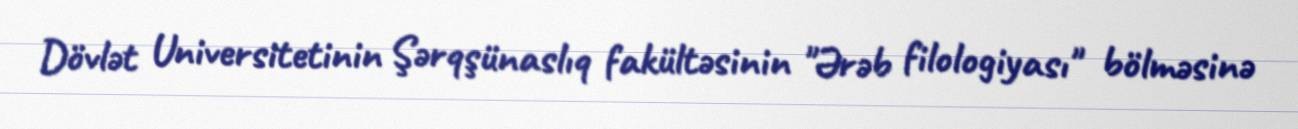
Dövlət Universitetinin Şərqşünaslıq fakültəsinin "Ərəb filologiyası" bölməsinə